Lunatic asylums Bombay report 1891-1903 - 1891-1903
Year: 1891
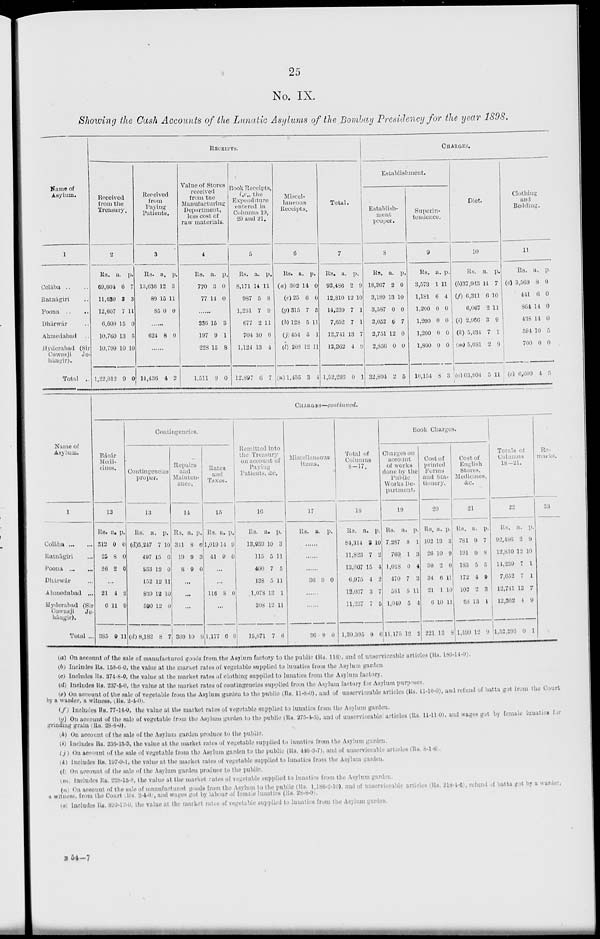
25
No. IX.
Showing the Cash Accounts of the Lunatic Asylums of the Bombay Presidency for the year 1898.
Name of
Asylum.
1
Colába .. ..
Ratnágiri ..
Poona .. ..
Dhárwár ..
Ahmedabad ..
Hyderabad (Sir
Cowasji
Je-
hangir).
Total ..
RECEIPTS.
Received
from the
Treasury.
2
Rs.
69,604
11,630
12,607
6,609
10,760
10,799
1,22,012
a.
6
3
7
15
13
10
9
p.
7
3
11
0
5
10
0
Received
from
Paying
Patients.
3
Rs.
13,636
89
85
a.
12
15
0
p.
3
11
0
......
624 8 0
......
14,436 4 2
Value of Stores
received
from the
Manufacturing
Department,
less cost of
raw materials.
4
Rs.
770
77
a.
3
14
p.
0
0
......
236
197
228
1,511
15
9
15
9
3
1
8
0
Book Receipts,
i.e., the
Expenditure
entered in
Columns 19,
20 and 21.
5
Rs.
8,171
987
1,231
677
704
1,124
12,897
a.
14
5
7
2
10
13
6
p.
11
8
9
11
0
4
7
Miscel-
laneous
Receipts.
6
Rs.
(a) 302
(e) 25
(g) 315
(h) 128
(j) 454
(l) 208
(n) 1,435
a.
14
6
7
5
5
12
3
p.
0
0
5
11
1
11
4
Total.
7
Rs.
92,486
12,810
14,239
7,652
12,741
12,362
1,52,293
a.
2
12
7
7
13
4
0
p.
9
10
1
1
7
9
1
CHARGES.
Establishment.
Establish-
ment
proper.
8
Rs.
18,367
3,189
3,587
2,052
2,751
2,856
32,804
a.
2
13
0
6
12
0
2
p.
0
10
0
7
0
0
5
Superin-
tendence.
9
Rs.
3,573
1,181
1,200
1,200
1,200
1,800
10,154
a.
1
6
0
0
0
0
8
p.
11
4
0
0
0
0
3
Diet.
10
Rs.
(b) 37,943
(f) 6,311
6,067
(i) 2,966
(k) 5,434
(m) 5,081
(o) 63,804
a.
14
6
2
3
7
2
5
p.
7
10
11
9
1
9
11
Clothing
and
Betiding.
11
Rs.
(c) 3,569
441
864
438
594
700
(c) 6,609
a.
8
6
14
14
10
0
4
p.
0
0
0
0
5
0
5
Name of
Asylum.
1
Colába ... ...
Ratnágiri ...
Poona ... ....
Dhárwár ...
Ahmedabad ...
Hyderabad (Sir
Cowasji
Je-
hángir).
Total ...
CHARGES—continued.
Bázár
Medi-
cines.
12
Rs.
312
25
26
a.
0
8
2
p.
0
0
0
...
21
0
385
4
11
9
2
9
11
Contingencies.
Contingencies
proper.
13
Rs.
(d)5,247
497
853
152
839
590
(d) 8,182
a.
7
15
12
12
12
12
8
p.
10
0
0
11
10
0
7
Repairs
and
Mainten-
ance.
14
Rs.
341
19
8
a.
8
9
9
p.
6
3
0
...
...
...
369 10
9
Rates
and
Taxes.
15
Rs.
1,019
41
a.
14
0
p.
9
0
...
...
116 8 0
...
1,177 6 9
Remitted into
the Treasury
on account of
Paying
Patients, &c.
16
Rs.
13,939
115
400
128
1,078
208
15,871
a.
10
5
7
5
13
12
7
p.
3
11
5
11
1
11
6
Miscellaneous
items.
17
Rs. a. p.
......
......
......
36 9 0
......
......
36 9 0
Total of
Columns
8—17.
18
Rs.
84,314
11,823
13,007
6,975
12,037
11,237
1,39,395
a.
8
7
15
4
3
7
9
p.
10
2
4
2
7
5
6
Book Charges.
Charges on
account
of works
done by the
Public
Works De-
partment.
19
Rs.
7,287
769
1,018
470
581
1,049
11,175
a.
8
1
0
7
5
5
12
p.
1
3
4
3
11
4
2
Cost of
printed
Forms
and Sta-
tionery.
20
Rs.
102
26
30
34
21
6
221
a.
13
10
2
6
1
10
13
p.
3
9
0
11
10
11
8
Cost of
English
Stores,
Medicines,
&c.
21
Rs.
781
191
183
172
102
68
1,499
a.
9
9
5
4
2
13
12
p.
7
8
5
9
3
1
9
Totals of
Columns
18—21.
22
Rs.
92,486
12,810
14,239
7,652
12,741
12,362
1,52,293
a.
2
12
7
7
13
4
0
p.
9
10
1
1
7
9
1
Re-
marks.
23
(a) On account of the sale of manufactured goods from the Asylum factory to the public (Rs. 116), and of unserviceable articles (Rs. 186-14-0).
(b) Includes Rs. 158-6-0, the value at the market rates of vegetable supplied to lunatics from the Asylum garden.
(c) Includes Rs. 374-8-0, the value at the market rates of clothing supplied to lunatics from the Asylum factory.
(d) Includes Rs. 237-5-0, the value at the market rates of contingencies supplied from the Asylum factory for Asylum purposes.
(e) On account of the sale of vegetable from the Asylum garden to the public (Rs. 11-8-0), and of unserviceable articles (Rs. 11-10-0), and refund of batta got from the Court
by a warder, a witness, (Rs. 2-4-0).
(f) Includes Rs. 77-14-0, the value at the market rates of vegetable supplied to lunatics from the Asylum garden.
(g) On account of the sale of vegetable from the Asylum garden to the public (Rs. 275-4-5), and of unserviceable articles (Rs. 11-11-0), and wages got by female lunatics for
grinding grain (Rs. 28-8-0).
(h) On account of the sale of the Asylum garden produce to the public.
(i) Includes Rs. 236-15-3, the value at the market rates of vegetable supplied to lunatics from the Asylum garden.
(j) On account of the sale of vegetable from the Asylum garden to the public (Rs. 446-3-7), and of unserviceable articles (Rs. 8-1-6).
(k) Includes Rs. 197-9-1, the value at the market rates of vegetable supplied to lunatics from the Asylum garden.
(l) On account of the sale of the Asylum garden produce to the public.
(m) Includes Rs. 228-15-8, the value at the market rates of vegetable supplied to lunatics from the Asylum garden.
(n) On account of the sale of manufactured goods from the Asylum to the public (Rs. 1,186-2-10), and of unserviceable articles (Rs. 218-4-6), refund of batta got by a warder,
a witness, from the Court (Rs. 2-4-0), and wages got by labour of female lunatics (Rs. 28-8-0).
(o) Includes Rs. 899-12-0, the value at the market rates of vegetable supplied to lunatics from the Asylum garden.
B 54—7